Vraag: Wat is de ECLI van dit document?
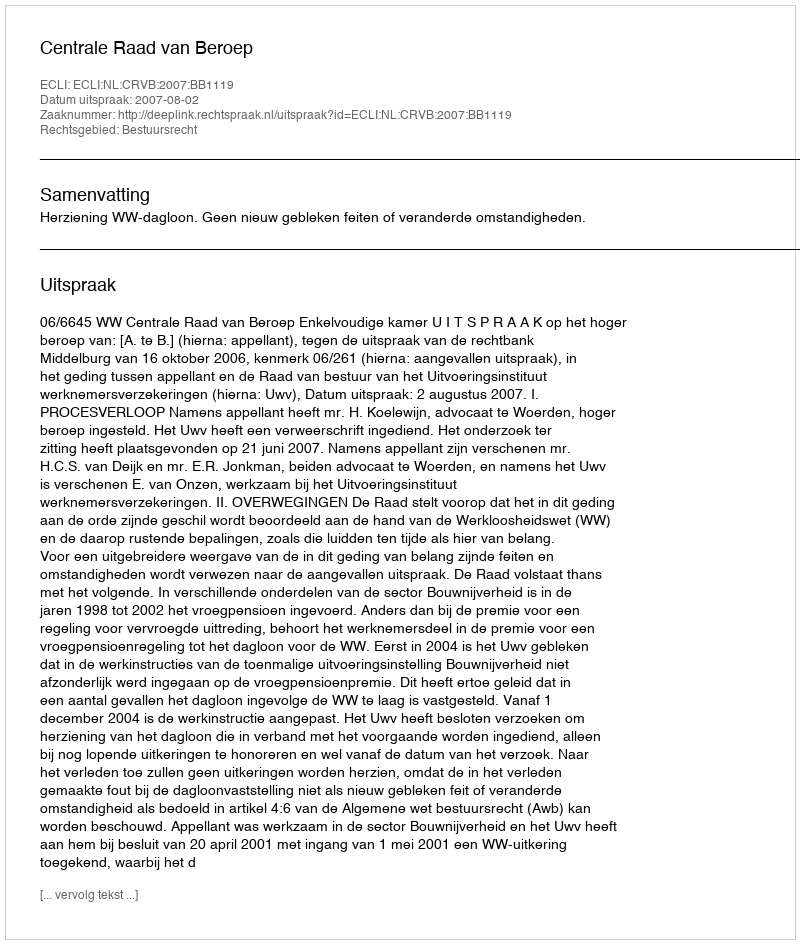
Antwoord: ECLI:NL:CRVB:2007:BB1119